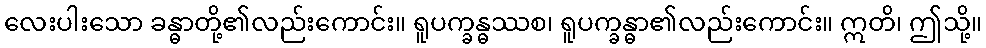
လေးပါးသော ခန္ဓာတို့၏လည်းကောင်း။ ရူပက္ခန္ဓဿစ၊ ရူပက္ခန္ဓာ၏လည်းကောင်း။ ဣတိ၊ ဤသို့။